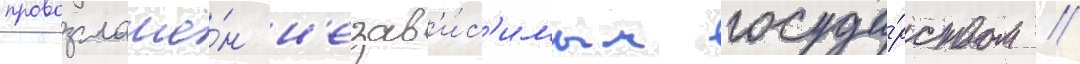
провозглашё́н н'езав'и́с'имым госуда́рством //